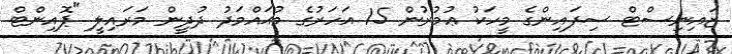
ޒައިނިސްޓް ސިފައިންގެ މީހަކު ޢުމުރުން 15 އަހަރުގެ މުޙައްމަދު ދުދީން މަރައިލީ "ޕޮއިންޓް